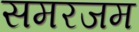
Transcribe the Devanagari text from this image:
समरजम